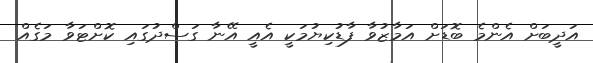
އަދީބަށް އެންމެ ބޮޑަށް އަމާޒުވާ ފާޑުކިޔުމަކީ އެއީ އޭނާ ގަސްދުގައި ކޮށްޓަވާ މަގެއް